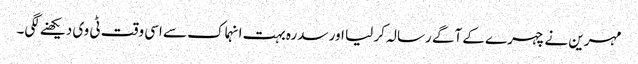
مہرین نے چہرے کے آگے رسالہ کر لیا اور سدرہ بہت انہماک سے اسی وقت ٹی وی دیکھنے لگی۔